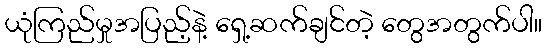
ယုံကြည်မှုအပြည့်နဲ့ ရှေ့ဆက်ချင်တဲ့ တွေအတွက်ပါ။